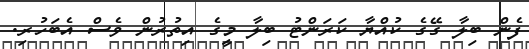
ފެން ބިލާ ގޭގެ ކުއްޔާ ކަރަންޓު ބިލާ މީގެ އިތުރުން ވެސް އެބަހުރި.